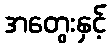
အတွေးနှင့်